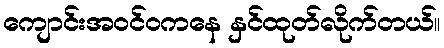
ကျောင်းအဝင်ဝကနေ နှင်ထုတ်လိုက်တယ်။